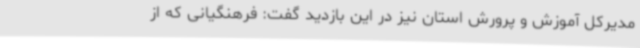
مدیرکل آموزش و پرورش استان نیز در این بازدید گفت: فرهنگیانی که از